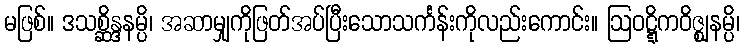
မဖြစ်။ ဒသစ္ဆိန္ဒနမ္ပိ၊ အဆာမျှကိုဖြတ်အပ်ပြီးသောသင်္ကန်းကိုလည်းကောင်း။ ဩဝဋ္ဋိကဝိဇ္ဈနမ္ပိ၊